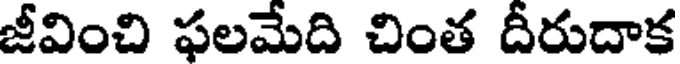
జీవించి ఫలమేది చింత దీరుదాక